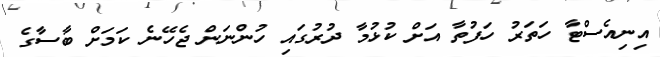
އިނިއެސްޓާ ހަތަރު ހަފުތާ އަށް ކުޅުމާ ދުރުގައި ހުންނަން ޖެހޭނެ ކަމަށް ބާސާގެ